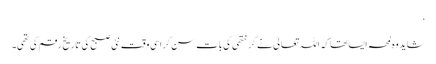
‘
شاید وہ لمحہ ایسا تھا کہ اللہ تعالیٰ نے گرنتھی کی بات سن کر اسی وقت نئی صبح کی تاریخ رقم کی تھی۔